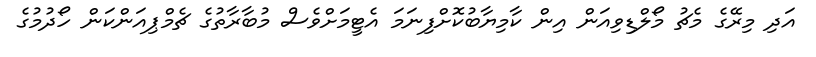
އަދި މިރޭގެ މެޗު މޯލްޑިވިއަން އިން ކާމިޔާބުކޮށްފިނަމަ އެޓީމަށްވެސް މުބާރާތުގެ ޗެމްޕިއަންކަން ހޯދުމުގެ